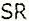
SR